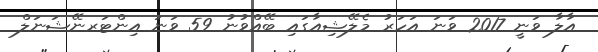
އާލާ ވަނީ 2017 ވަނަ އަހަރު މެލޭޝިއާގައި ބޭއްވުނު 59 ވަނަ އިންޓަރނޭޝަނަލް